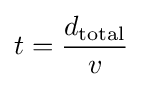
t={\frac {d_{\text{total}}}{v}}